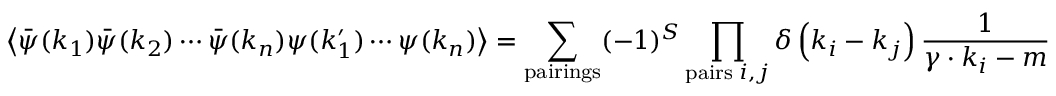
\left\langle { \bar { \psi } } ( k _ { 1 } ) { \bar { \psi } } ( k _ { 2 } ) \cdots { \bar { \psi } } ( k _ { n } ) \psi ( k _ { 1 } ^ { \prime } ) \cdots \psi ( k _ { n } ) \right\rangle = \sum _ { \mathrm { p a i r i n g s } } ( - 1 ) ^ { S } \prod _ { \mathrm { p a i r s } \; i , j } \delta \left( k _ { i } - k _ { j } \right) { \frac { 1 } { \gamma \cdot k _ { i } - m } }